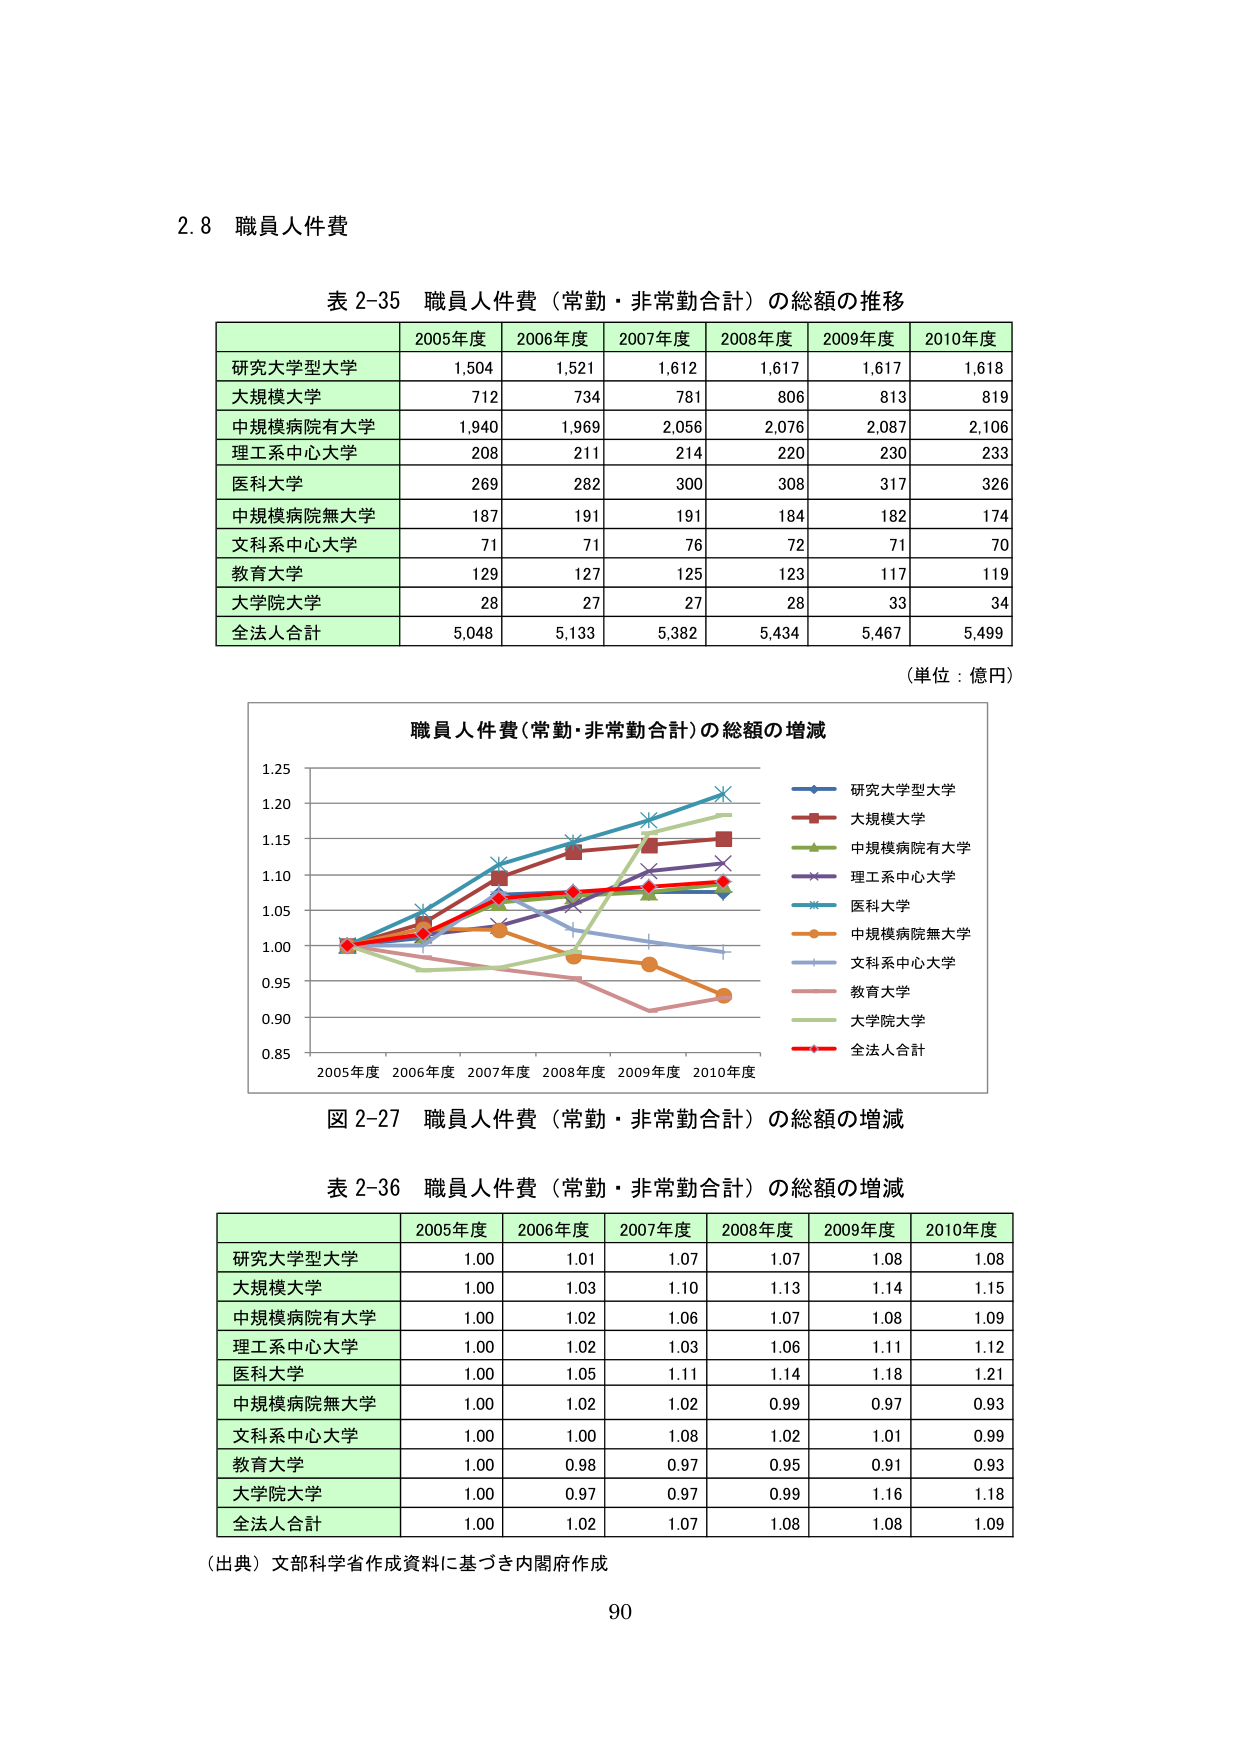
2.8 職員人件費

表 2-35 職員人件費（常勤・非常勤合計）の総額の推移

2005年度 2006年度 2007年度 2008年度 2009年度 2010年度
研究大学型大学 1,504 1,521 1,612 1,617 1,617 1,618
大規模大学 712 734 781 806 813 819
中規模病院有大学 1,940 1,969 2,056 2,076 2,087 2,106
理工系中心大学 208 211 214 220 230 233
医科大学 269 282 300 308 317 326
中規模病院無大学 187 191 191 184 182 174
文科系中心大学 71 71 76 72 71 70
教育大学 129 127 125 123 117 119
大学院大学 28 27 27 28 33 34
全法人合計 5,048 5,133 5,382 5,434 5,467 5,499

（単位：億円）

職員人件費（常勤・非常勤合計）の総額の増減
研究大学型大学
大規模大学
中規模病院有大学
理工系中心大学
医科大学
中規模病院無大学
文科系中心大学
教育大学
大学院大学
全法人合計

2005年度 2006年度 2007年度 2008年度 2009年度 2010年度

図 2-27 職員人件費（常勤・非常勤合計）の総額の増減

表 2-36 職員人件費（常勤・非常勤合計）の総額の増減

2005年度 2006年度 2007年度 2008年度 2009年度 2010年度
研究大学型大学 1.00 1.01 1.07 1.07 1.08 1.08
大規模大学 1.00 1.03 1.10 1.13 1.14 1.15
中規模病院有大学 1.00 1.02 1.06 1.07 1.08 1.09
理工系中心大学 1.00 1.02 1.03 1.06 1.11 1.12
医科大学 1.00 1.05 1.11 1.14 1.18 1.21
中規模病院無大学 1.00 1.02 1.02 0.99 0.97 0.93
文科系中心大学 1.00 1.00 1.08 1.02 1.01 0.99
教育大学 1.00 0.98 0.97 0.95 0.91 0.93
大学院大学 1.00 0.97 0.97 0.99 1.16 1.18
全法人合計 1.00 1.02 1.07 1.08 1.08 1.09

（出典）文部科学省作成資料に基づき内閣府作成

90